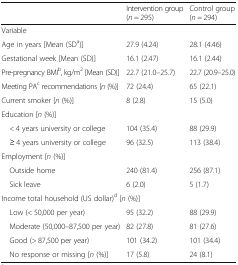
<table><thead><tr><td></td><td><b>Intervention group(<i>n</i> = 295)</b></td><td><b>Control group (<i>n</i> = 294)</b></td></tr></thead><tbody><tr><td>Variable</td><td colspan="2"></td></tr><tr><td>Age in years [Mean (SD<sup>a</sup>)]</td><td>27.9 (4.24)</td><td>28.1 (4.46)</td></tr><tr><td>Gestational week [Mean (SD)]</td><td>16.1 (2.47)</td><td>16.1 (2.44)</td></tr><tr><td>Pre-pregnancy BMI<sup>b</sup>, kg/m<sup>2</sup> [Mean (SD)]</td><td>22.7 (21.0–25.7)</td><td>22.7 (20.9–25.0)</td></tr><tr><td>Meeting PA<sup>c</sup> recommendations [<i>n</i> (%)]</td><td>72 (24.4)</td><td>65 (22.1)</td></tr><tr><td>Current smoker [<i>n</i> (%)]</td><td>8 (2.8)</td><td>15 (5.0)</td></tr><tr><td colspan="3">Education [<i>n</i> (%)]</td></tr><tr><td> &lt; 4 years university or college</td><td>104 (35.4)</td><td>88 (29.9)</td></tr><tr><td> ≥ 4 years university or college</td><td>96 (32.5)</td><td>113 (38.4)</td></tr><tr><td colspan="3">Employment [<i>n</i> (%)]</td></tr><tr><td> Outside home</td><td>240 (81.4)</td><td>256 (87.1)</td></tr><tr><td> Sick leave</td><td>6 (2.0)</td><td>5 (1.7)</td></tr><tr><td colspan="3">Income total household (US dollar)<sup>d</sup> [<i>n</i> (%)]</td></tr><tr><td> Low (&lt; 50,000 per year)</td><td>95 (32.2)</td><td>88 (29.9)</td></tr><tr><td> Moderate (50,000–87,500 per year)</td><td>82 (27.8)</td><td>81 (27.6)</td></tr><tr><td> Good (&gt; 87,500 per year)</td><td>101 (34.2)</td><td>101 (34.4)</td></tr><tr><td> No response or missing [<i>n</i> (%)]</td><td>17 (5.8)</td><td>24 (8.1)</td></tr></tbody></table>